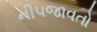
નીપજાવતો